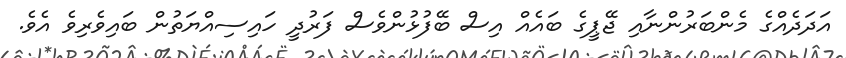
އަދަދެއްގެ މެންބަރުންނާއި ޖޭޕީގެ ބައެއް އިސް ބޭފުޅުންވެސް ފަރުދީ ހައިސިއްޔަތުން ބައިވެރިވެ އެވެ.